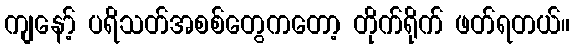
ကျနော့် ပရိသတ်အစစ်တွေကတော့ တိုက်ရိုက် ဖတ်ရတယ်။